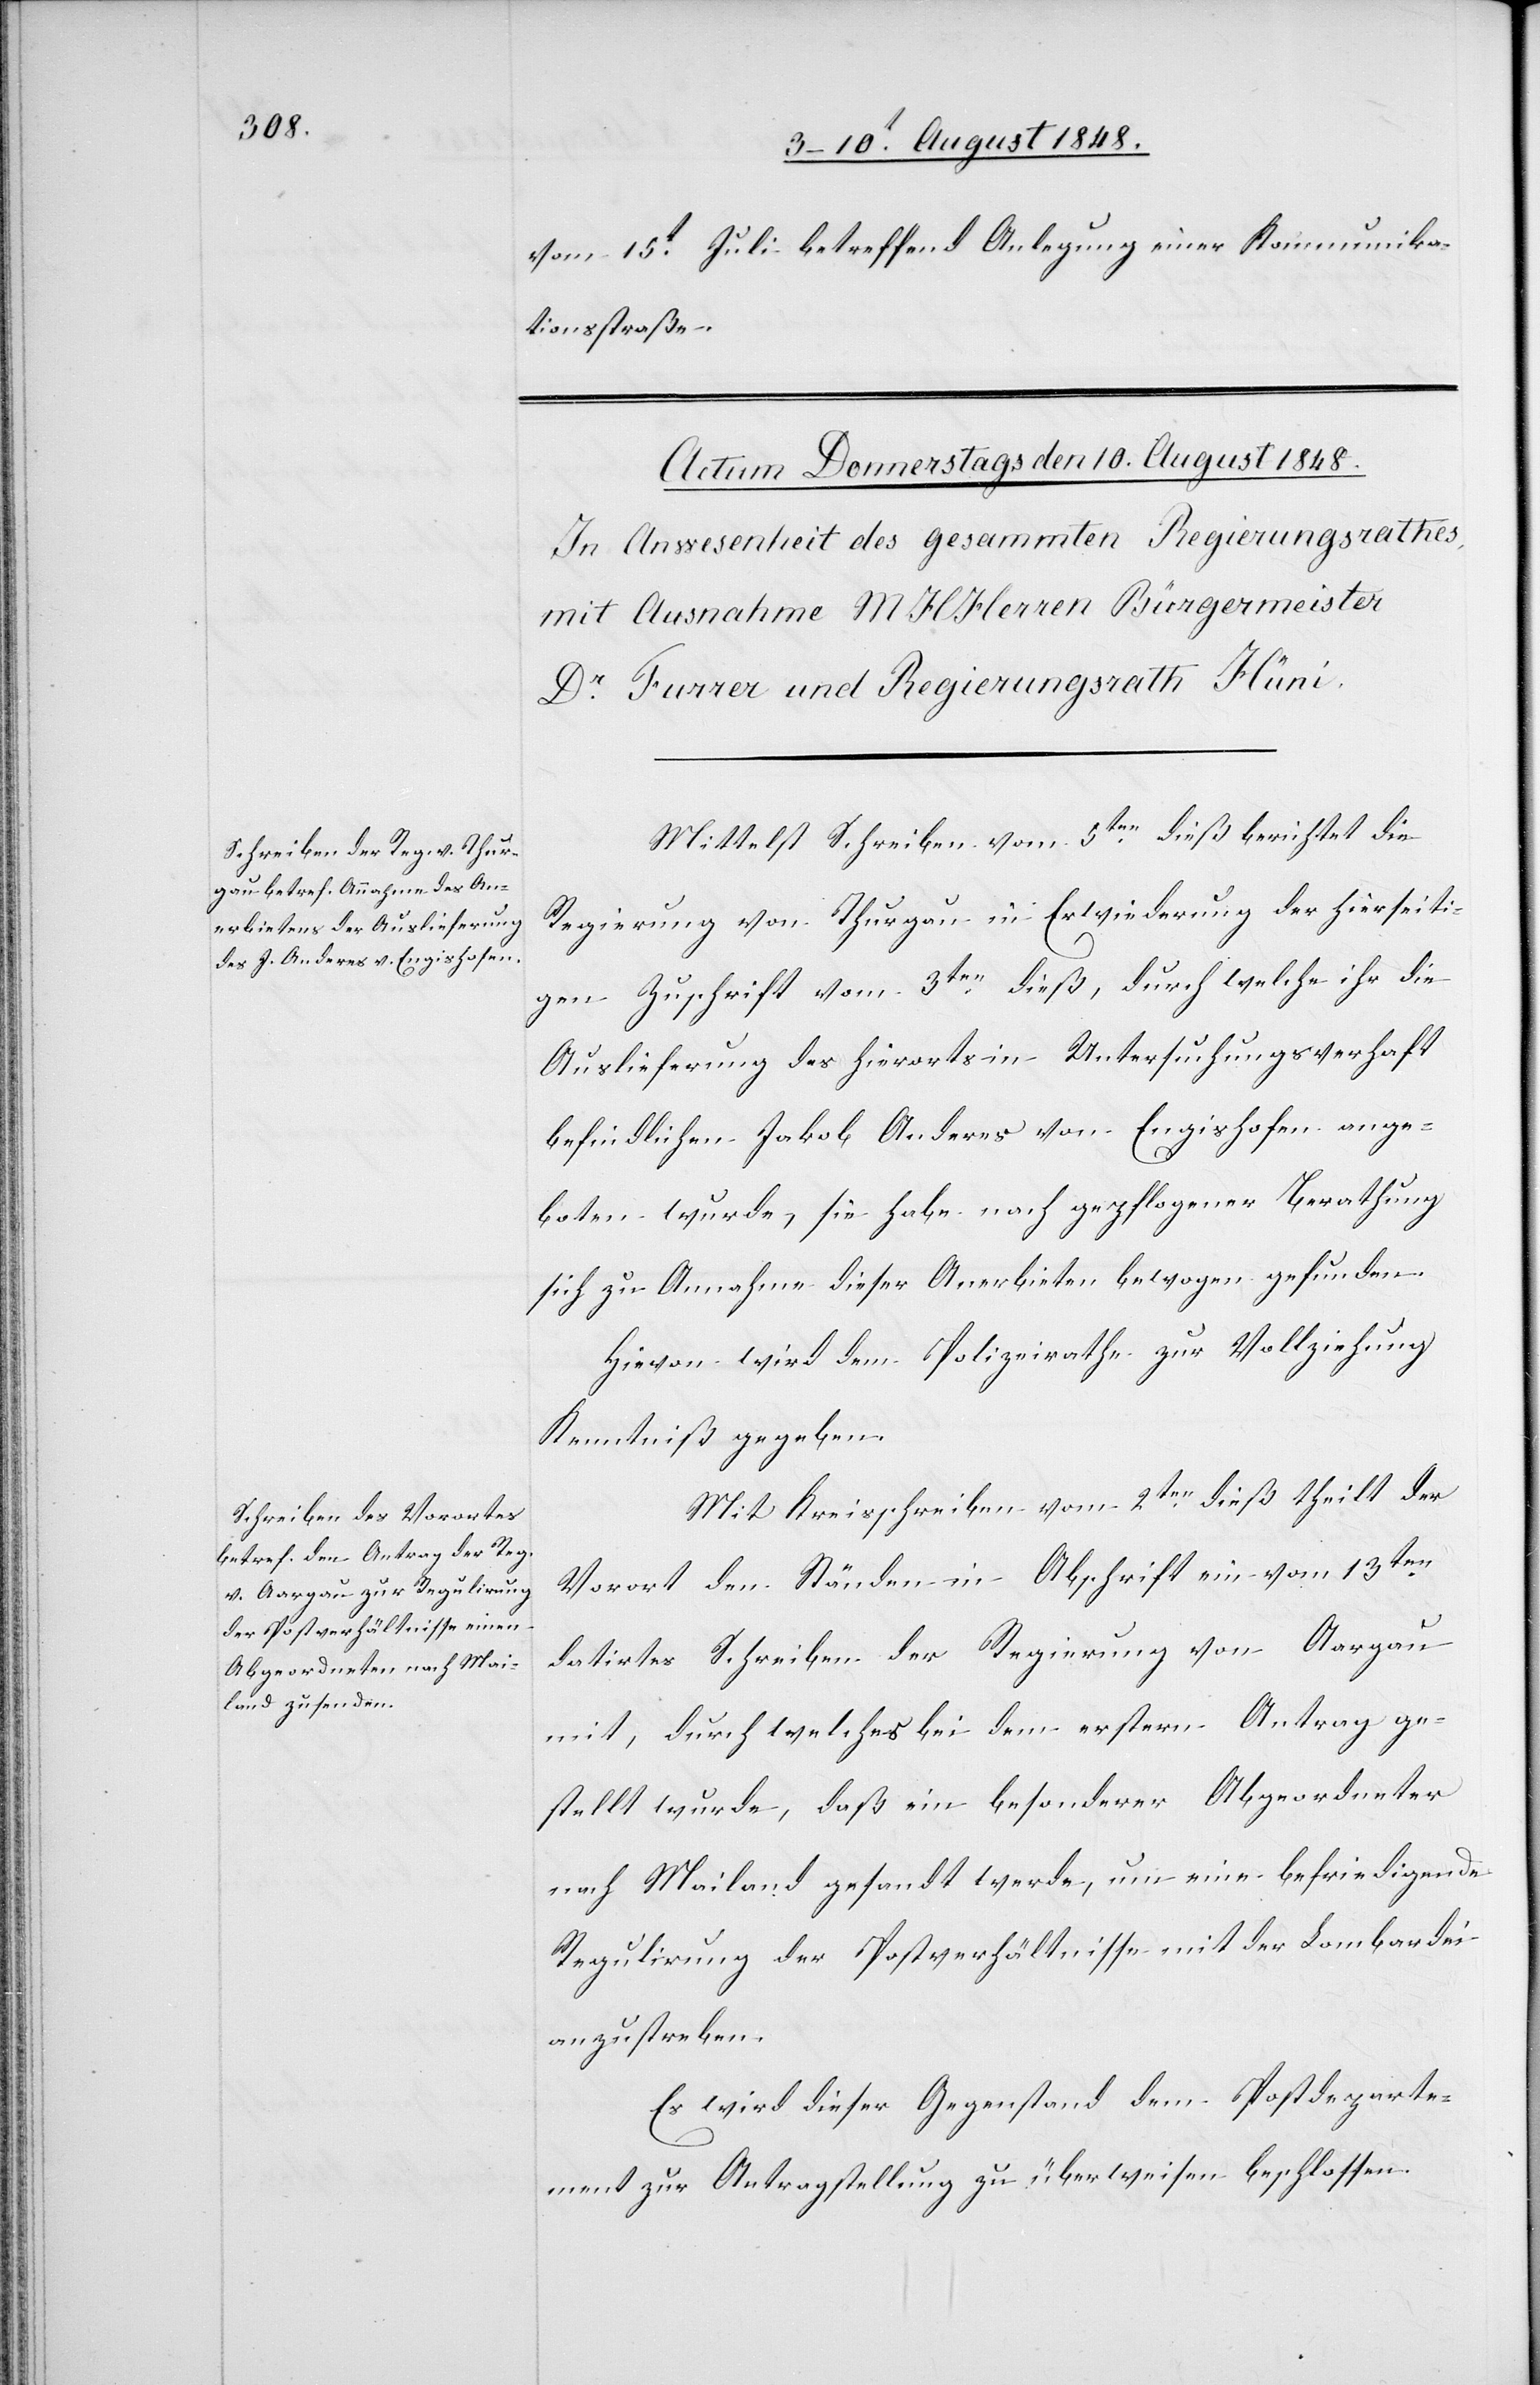
vom 15t Juli betreffend Anlegung einer Kommunika¬
tionsstraße.
Mittelst Schreiben vom 5ten dieß berichtet die
Regierung von Thurgau in Erwiederung der hierseiti¬
gen Zuschrift vom 3ten dieß, durch welche ihr die
Auslieferung des hierorts in Untersuchungsverhaft
befindlichen Jakob Anderes von Engishofen ange¬
boten wurde, sie habe nach gepflogener Berathung
sich zu Annahme dieser Anerbieten bewogen gefunden.
Hievon wird dem Polizeirathe zur Vollziehung
Kenntniß gegeben.
Mit Kreisschreiben vom 2ten dieß theilt der
Vorort den Ständen in Abschrift ein vom 13ten
datirtes Schreiben der Regierung von Aargau
mit, durch welches bei dem erstern Antrag ge¬
stellt wurde, daß ein besonderer Abgeordneter
nach Mailand gesandt werde, um eine befriedigende
Regulirung der Postverhältnisse mit der Lombardei
anzustreben.
Es wird dieser Gegenstand dem Postdeparte¬
ment zur Antragstellung zu überweisen beschlossen.